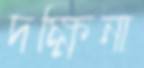
দক্ষিনা